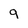
Character: 9